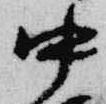
中